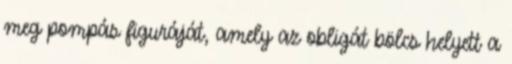
meg pompás figuráját, amely az obligát bölcs helyett a